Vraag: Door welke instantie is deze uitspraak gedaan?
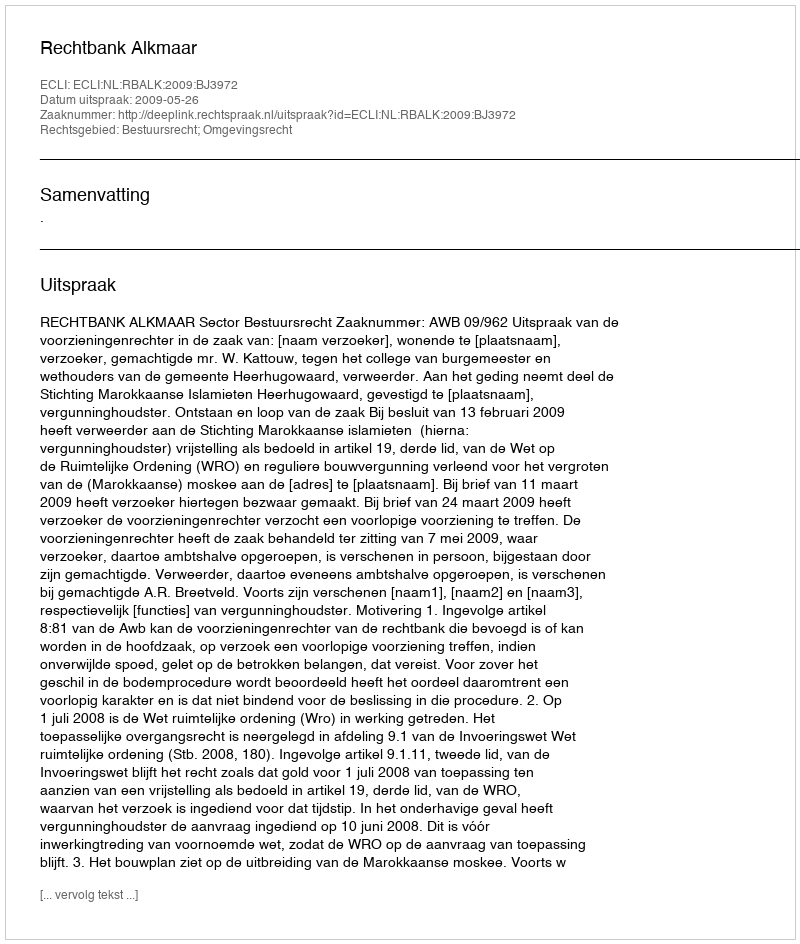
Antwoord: Rechtbank Alkmaar